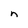
Character: n